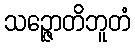
သဉ္ဇောတိဘူတံ